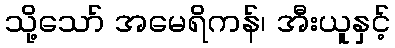
သို့သော် အမေရိကန်၊ အီးယူနှင့်